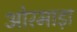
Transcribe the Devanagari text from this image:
ओरमाड़ा